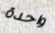
واحدة